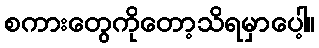
စကားတွေကိုတော့သိရမှာပေါ့။